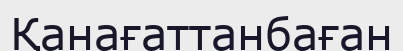
Қанағаттанбаған